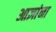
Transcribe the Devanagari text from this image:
आज्ञांना